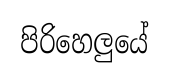
පිරිහෙලුයේ